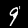
Digit: 9